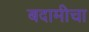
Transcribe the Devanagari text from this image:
बदामीचा